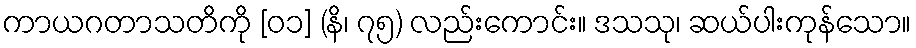
ကာယဂတာသတိကို [၀၁] (နိ၊ ၇၅) လည်းကောင်း။ ဒသသု၊ ဆယ်ပါးကုန်သော။